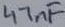
Text: 47nF